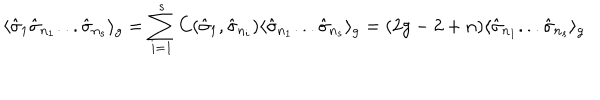
\langle { \hat { \sigma } } _ { 1 } { \hat { \sigma } } _ { n _ { 1 } } . . . { \hat { \sigma } } _ { n _ { s } } \rangle _ { g } = \sum _ { i = 1 } ^ { s } C ( { \hat { \sigma } } _ { 1 } , { \hat { \sigma } } _ { n _ { i } } ) \langle { \hat { \sigma } } _ { n _ { 1 } } . . . { \hat { \sigma } } _ { n _ { s } } \rangle _ { g } = ( 2 g - 2 + n ) \langle { \hat { \sigma } } _ { n _ { 1 } } . . . { \hat { \sigma } } _ { n _ { s } } \rangle _ { g }